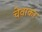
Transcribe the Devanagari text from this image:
चेवाकर